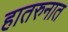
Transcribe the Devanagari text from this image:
हातरुनात